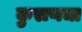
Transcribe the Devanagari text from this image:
कुराणचा